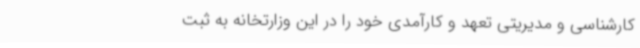
کارشناسی و مدیریتی تعهد و کارآمدی خود را در این وزارتخانه به ثبت